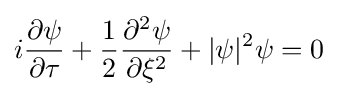
i{\frac {\partial \psi }{\partial \tau }}+{\frac {1}{2}}{\frac {\partial ^{2}\psi }{\partial \xi ^{2}}}+|\psi |^{2}\psi =0